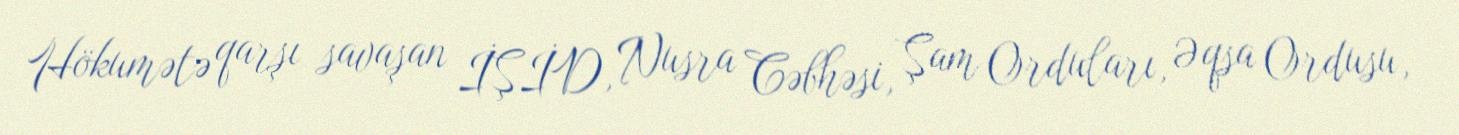
Hökumətə qarşı savaşan İŞİD, Nusra Cəbhəsi, Şam Orduları, Əqsa Ordusu,